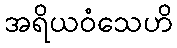
အရိယဝံသေဟိ